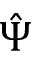
\hat { \Psi }